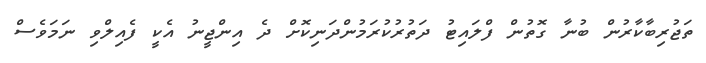
ތަޖުރިބާކާރުން ބުނާ ގޮތުން ފްލައިޓު ދަތުރުކުރަމުންދަނިކޮށް ދެ އިންޖީނު އެކީ ފެއިލްވި ނަމަވެސް